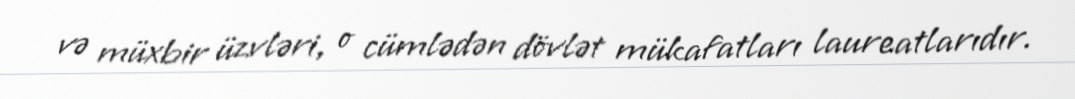
və müxbir üzvləri, o cümlədən dövlət mükafatları laureatlarıdır.